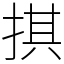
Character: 掑